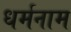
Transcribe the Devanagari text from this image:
धर्मनाम